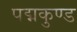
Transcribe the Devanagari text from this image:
पद्मकुण्ड